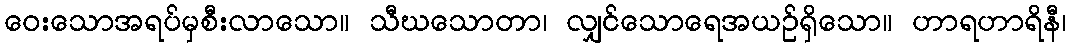
ဝေးသောအရပ်မှစီးလာသော။ သီဃသောတာ၊ လျှင်သောရေအယဉ်ရှိသော။ ဟာရဟာရိနီ၊